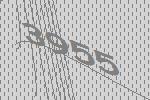
3955